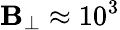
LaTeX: \mathbf{B}_{\perp}\approx10^{3}